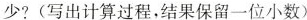
少? (写出计算过程，结果保留一位小数)